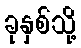
ခုနှစ်သို့